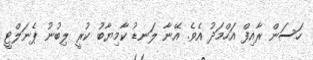
ހަސަން ރާއިފް އަހްމަދު އެވެ. އޭނާ ލަނޑު ކާމިޔާބު ކުރީ ލިބުނު ޕެނަލްޓީ